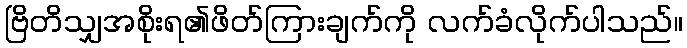
ဗြိတိသျှအစိုးရ၏ဖိတ်ကြားချက်ကို လက်ခံလိုက်ပါသည်။